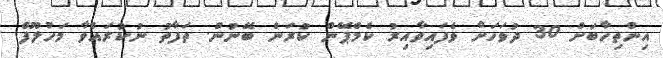
އިންތިހާބަށް 30 ދުވަހަށް ވެފައިވާއިރު ކެމްޕޭން ކުރަން ބޭނުން. ތަފާތު ނުކުރައްވާ މަހުލޫފް